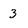
Character: 3